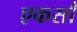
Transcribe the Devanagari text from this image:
एकसाँ